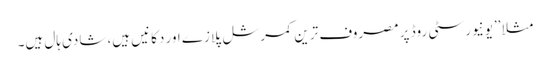
مثلا ’’یونیورسٹی روڈ پر مصروف ترین کمرشل پلازے اور دکانیں ہیں، شادی ہال ہیں۔